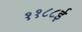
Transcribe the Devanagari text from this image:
११८८ई